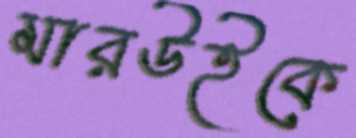
মারউইকে